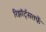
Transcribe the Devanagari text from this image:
रिझॉर्ट्‌सतर्फे